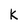
Character: K